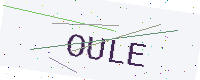
Text: OULE